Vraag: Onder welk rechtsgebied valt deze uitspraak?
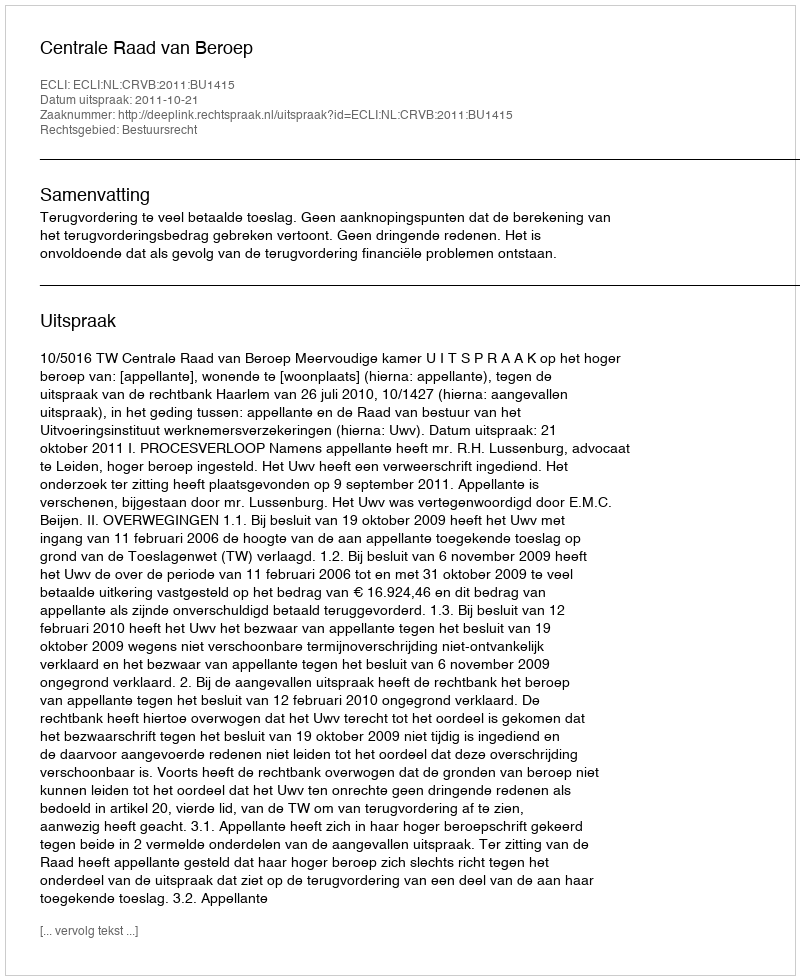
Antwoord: Bestuursrecht